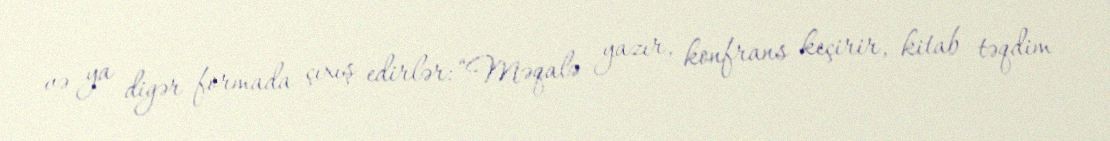
və ya digər formada çıxış edirlər: “Məqalə yazır, konfrans keçirir, kitab təqdim